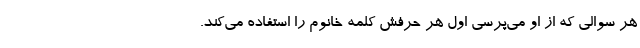
هر سوالی که از او می‌پرسی اول هر حرفش کلمه خانوم را استفاده می‌کند.